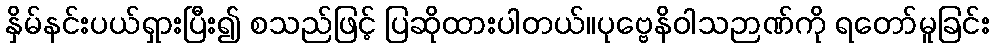
နှိမ်နင်းပယ်ရှားပြီး၍ စသည်ဖြင့် ပြဆိုထားပါတယ်။ပုဗ္ဗေနိဝါသဉာဏ်ကို ရတော်မူခြင်း